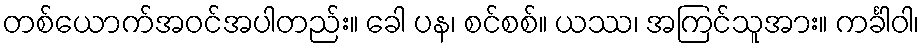
တစ်ယောက်အဝင်အပါတည်း။ ခေါ ပန၊ စင်စစ်။ ယဿ၊ အကြင်သူအား။ ကင်္ခါဝါ၊